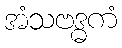
အံသဗဒ္ဓကံ